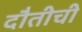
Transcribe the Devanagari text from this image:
दौतीची